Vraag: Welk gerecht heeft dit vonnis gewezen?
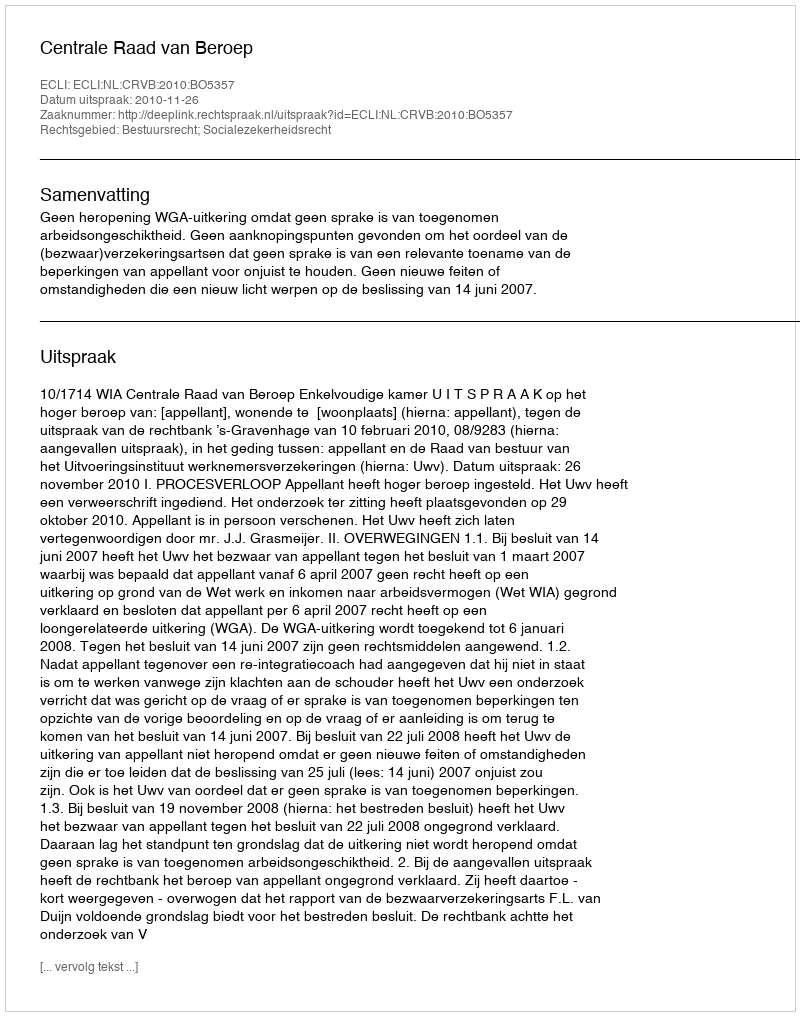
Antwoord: Centrale Raad van Beroep